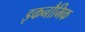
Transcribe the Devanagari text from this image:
इकनौमिक